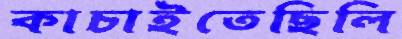
কাচাইতেছিলি